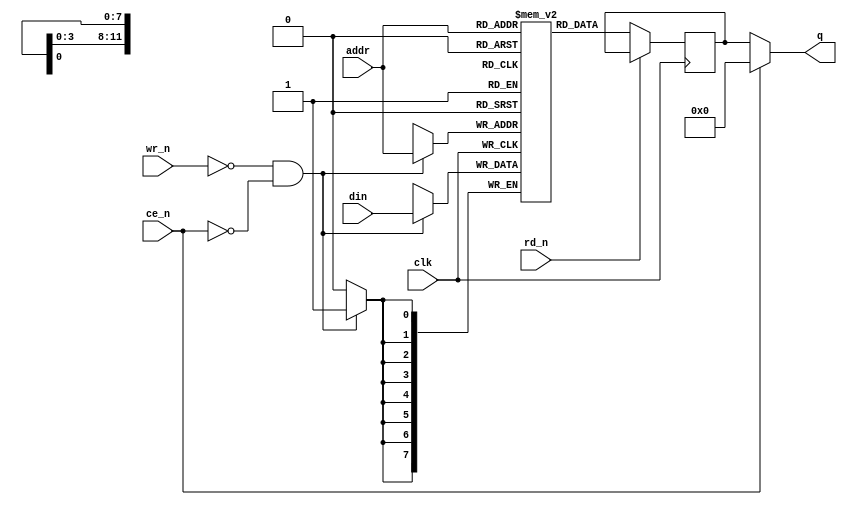
// This program was cloned from: https://github.com/pcornier/FM-7_MiSTer
// License: GNU General Public License v2.0


module ram
#(
  parameter addr_width=12,
  parameter data_width=8
)
(
  input clk,
  input [addr_width-1:0] addr,
  input [data_width-1:0] din,
  output [data_width-1:0] q,
  input rd_n,
  input wr_n,
  input ce_n
);

reg [data_width-1:0] data;
reg [data_width-1:0] mem[(1<<addr_width)-1:0];

assign q = ~ce_n ? data : 0;

always @(posedge clk) begin

  if (~rd_n) data <= mem[addr];
  if (~wr_n & ~ce_n) mem[addr] <= din;

end


endmodule